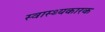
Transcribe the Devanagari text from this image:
स्वास्थ्यकारक